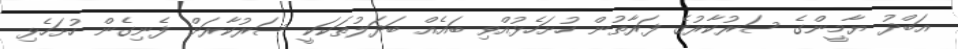
އަބްދު ޔާމީންގެ ސަރުކާރުގެ ފަރާތުން ހުށަހެޅުއްވި ބައެއް ބަދަލުތަކަކީ ސަރުކާރަށް ފެނިގެން ހުށަހެޅި